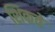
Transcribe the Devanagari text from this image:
शिकवे